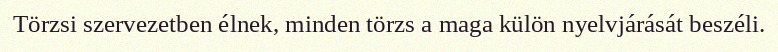
Törzsi szervezetben élnek, minden törzs a maga külön nyelvjárását beszéli.